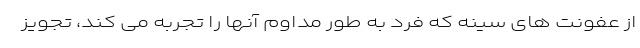
از عفونت های سینه که فرد به طور مداوم آنها را تجربه می کند، تجویز